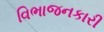
વિભાજનકારી